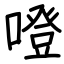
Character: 噔